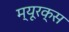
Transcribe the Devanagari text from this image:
म्यूरक्स